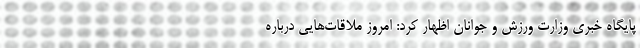
پایگاه خبری وزارت ورزش و جوانان اظهار کرد: امروز ملاقات‌هایی درباره